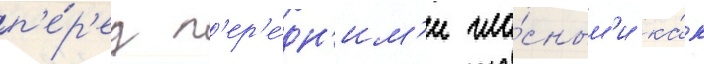
п'е́р'ед п'ер'е́дн'им'и гла́сным'и ка́к